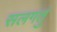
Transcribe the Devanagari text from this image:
सलगतुं